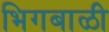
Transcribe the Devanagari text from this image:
भिगबाळी